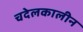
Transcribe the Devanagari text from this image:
चदेलकालीन